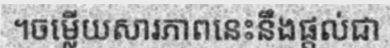
។ចម្លើយសារភាពនេះនឹងផ្តល់ជា